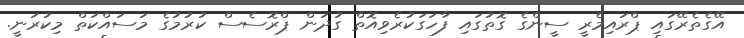
އޭގެތެރޭގައި ޕްރައިމެރީ ސީންގެ ގޮތުގައި ފާހަގަކުރެވިއޮތް ގުދަން ޕްރޮސެސް ކުރުމުގެ މަސައްކަތް މިކުރަނީ.